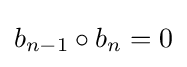
b_{n-1}\circ b_{n}=0